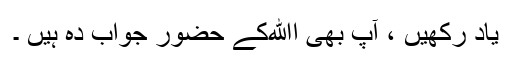
یاد رکھیں ، آپ بھی اﷲکے حضور جواب دہ ہیں ۔